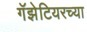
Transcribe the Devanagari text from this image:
गॅझेटियरच्या